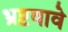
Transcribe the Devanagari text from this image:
भ्रष्टवावे